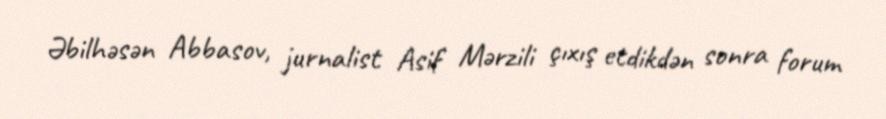
Əbilhəsən Abbasov, jurnalist Asif Mərzili çıxış etdikdən sonra forum